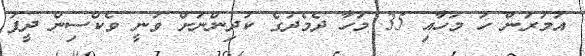
އުމުރުން ހަ މަހާއި 35 މަހާ ދެމެދުގެ ކުދިންނަށް ވަނީ ވެކްސިން ދީފަ